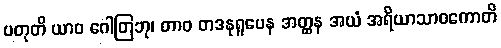
ပတုတိ ယာဝ ဂေါတြဘု၊ တာဝ တဒနုရူပေန အတ္ထန အယံ အရိယာသာဝကောတိ